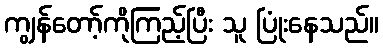
ကျွန်တော့်ကိုကြည့်ပြီး သူ ပြုံးနေသည်။